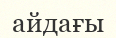
айдағы